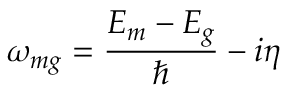
\omega _ { m g } = \frac { E _ { m } - E _ { g } } { \hbar } - i \eta